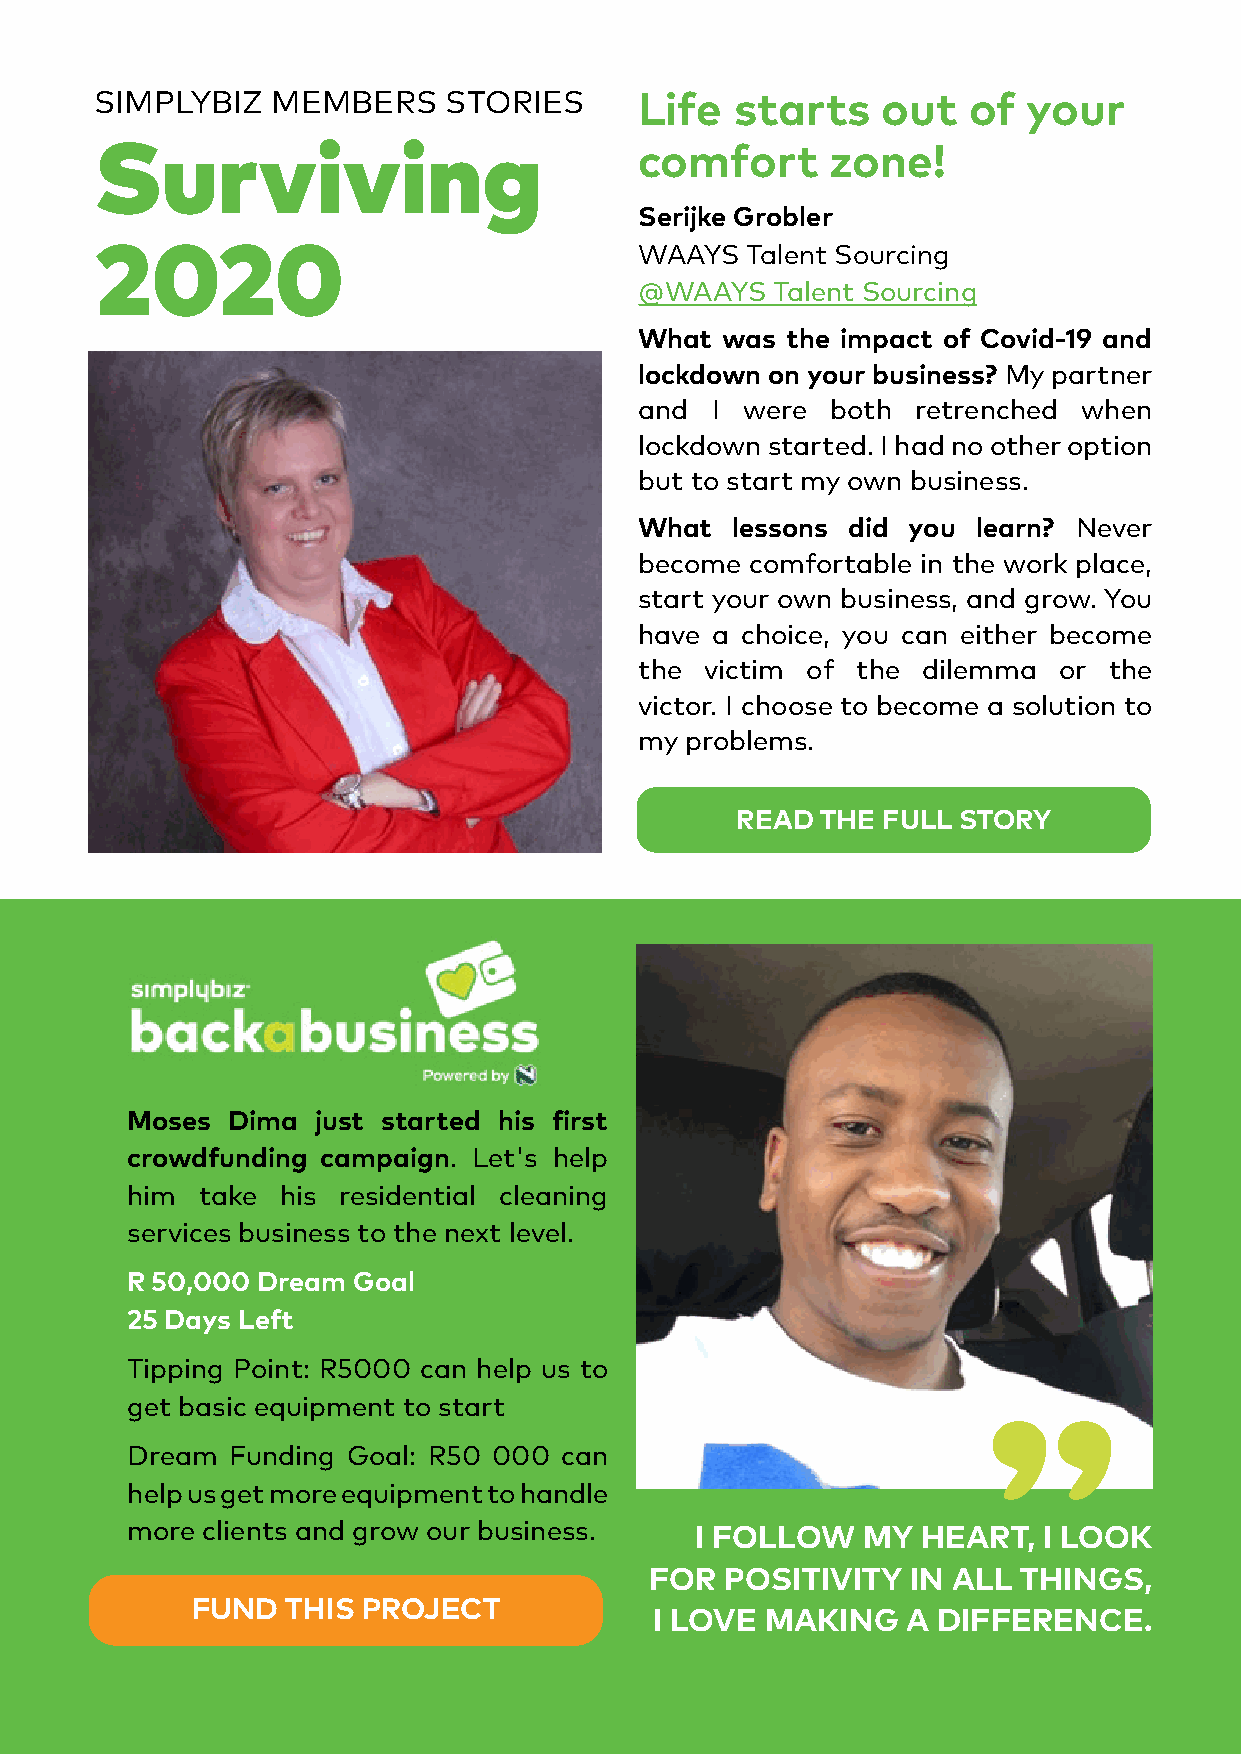
SIMPLYBIZ   MEMBERS    STORIES      Life   starts   out   of  your
 Surviving                           comfort      zone!
 Serijke Grobler
 2020                                WAAYS  Talent Sourcing
 @WAAYS   Talent Sourcing
 What  was the impact of Covid-19 and
 lockdown on your business? My partner
 and  I were  both  retrenched when
 lockdown started. I had no other option
 but to start my own business.
 What  lessons did you  learn? Never
 become  comfortable in the work place,
 start your own business, and grow. You
 have a choice, you can either become
 the  victim of the dilemma  or the
 victor. I choose to become a solution to
 my problems.
 READ THE FULL STORY
 Moses  Dima  just started his first
 crowdfunding campaign. Let's help
 him  take his residential cleaning
 services business to the next level.
 R 50,000 Dream Goal
 25 Days Left
 Tipping Point: R5000 can help us to
 get basic equipment to start
 Dream  Funding Goal: R50 000 can
 help us get more equipment to handle
 more clients and grow our business.   I FOLLOW   MY  HEART,  I LOOK
 FOR  POSITIVITY  IN ALL THINGS,
 FUND  THIS PROJECT
 I LOVE  MAKING   A DIFFERENCE.
 EDITION 2 - 2020                                www.simplybiz.co.za | PAGE 4